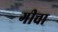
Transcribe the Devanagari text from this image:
गीचा